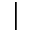
\mid